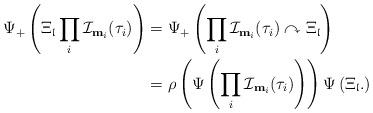
LaTeX: \begin{align*}\Psi_+ \left( \Xi_{\mathfrak{l}} \prod_{i} \mathcal{I}_{\mathbf{m}_i}( \tau_i ) \right) &= \Psi_+ \left( \prod_{i} \mathcal{I}_{\mathbf{m}_i}( \tau_i ) \curvearrowright \Xi_{\mathfrak{l}} \right)\\ & = \rho\left(\Psi \left( \prod_{i} \mathcal{I}_{\mathbf{m}_i}( \tau_i ) \right) \right) \Psi \left( \Xi_{\mathfrak{l}}. \right)\end{align*}